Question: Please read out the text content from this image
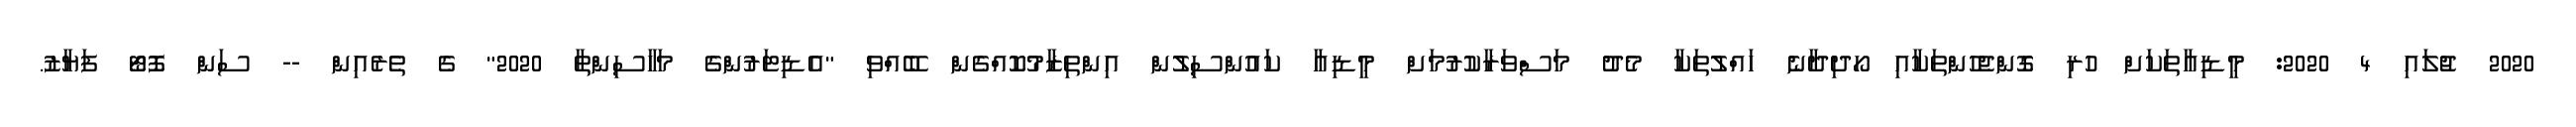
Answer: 2020 ޖުލައި 4 2020: މީޑިއާތަކަށް ހުރި ގޮންޖެހުންތަކާއި ހޯދިދާނެ ހައްލުތަކާ މެދު މަސްވަރާކުރުމަށް މީޑިއާ ކައުންސިލުން އިންތިޒާމުކޮއްގެން ބޭއްވި "އެޑިޓަރުންގެ މަހާސިންތާ 2020" ގެ ތެރެއިން -- ސަން ފޮޓޯ ފަޔާޒު.